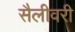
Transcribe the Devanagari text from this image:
सैलीवरी